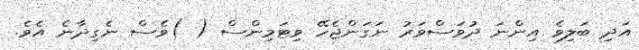
އަދި ބަލިވެ އިންނަ ދުވަސްވަރު ނަގަންޖެހޭ ވިޓަމިންސް ( )ވެސް ނެގިދާނެ އެވެ.